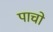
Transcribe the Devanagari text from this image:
पाचो